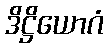
ဒိဋ္ဌိယောဂံ